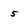
Character: 5